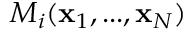
M _ { i } ( { \bf x } _ { 1 } , . . . , { \bf x } _ { N } )